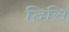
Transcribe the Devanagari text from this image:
दिसि